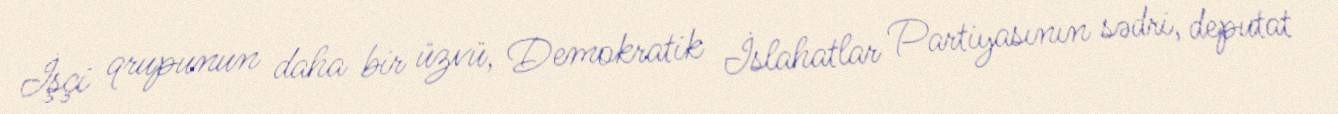
İşçi qrupunun daha bir üzvü, Demokratik İslahatlar Partiyasının sədri, deputat